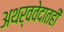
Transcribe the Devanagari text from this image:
अथर्ववेदातही